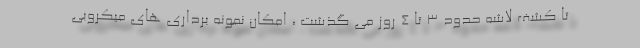
تا کشف لاشه حدود ٣ تا ٤ روز می گذشت ، امکان نمونه برداری های میکروبی